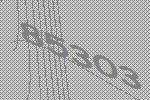
85303